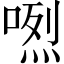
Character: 𠺅